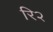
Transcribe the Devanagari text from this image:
रि२